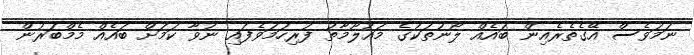
ނަމަވެސް އޭގެތެރެއިން ބައެއް ލޯނުތަކުގެ މައުލޫމާތު ފުރިހަމަވެފައި ނުވާ ކަމަށް ބައެއް މެމްބަރުން